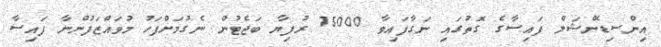
އިންސިޑެންޝަލް ފައިސާގެ ގޮތުގައި ނަގާފައިވާ 75000 ރުފިޔާ ބަޖެޓުން ނެގުމަށްފަހު މުވައްޒަފުންނާ ފައިސާ